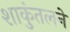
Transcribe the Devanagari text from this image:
शाकुंतलने